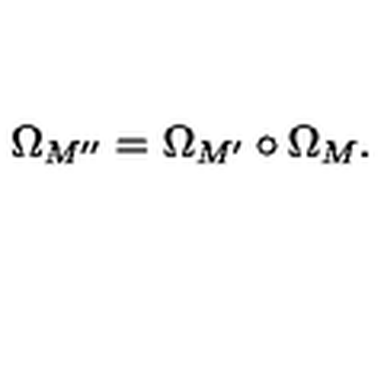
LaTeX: \Omega _ { M ^ { \prime \prime } } = \Omega _ { M ^ { \prime } } \circ \Omega _ { M } .